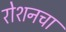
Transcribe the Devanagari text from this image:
रोशनचा